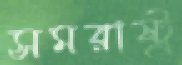
সমরাষ্ট্র